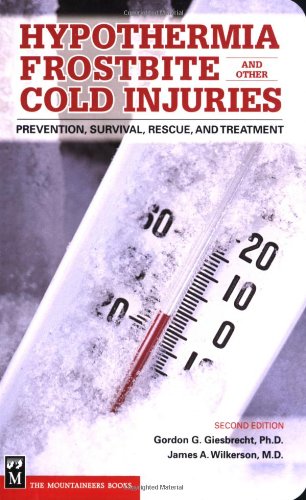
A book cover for Hypothermia Frostbite And Other Cold Injuries: Prevention, Recognition, Rescue, and Treatment; Gordon G.; Health, Fitness & Dieting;